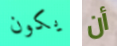
يكون أن